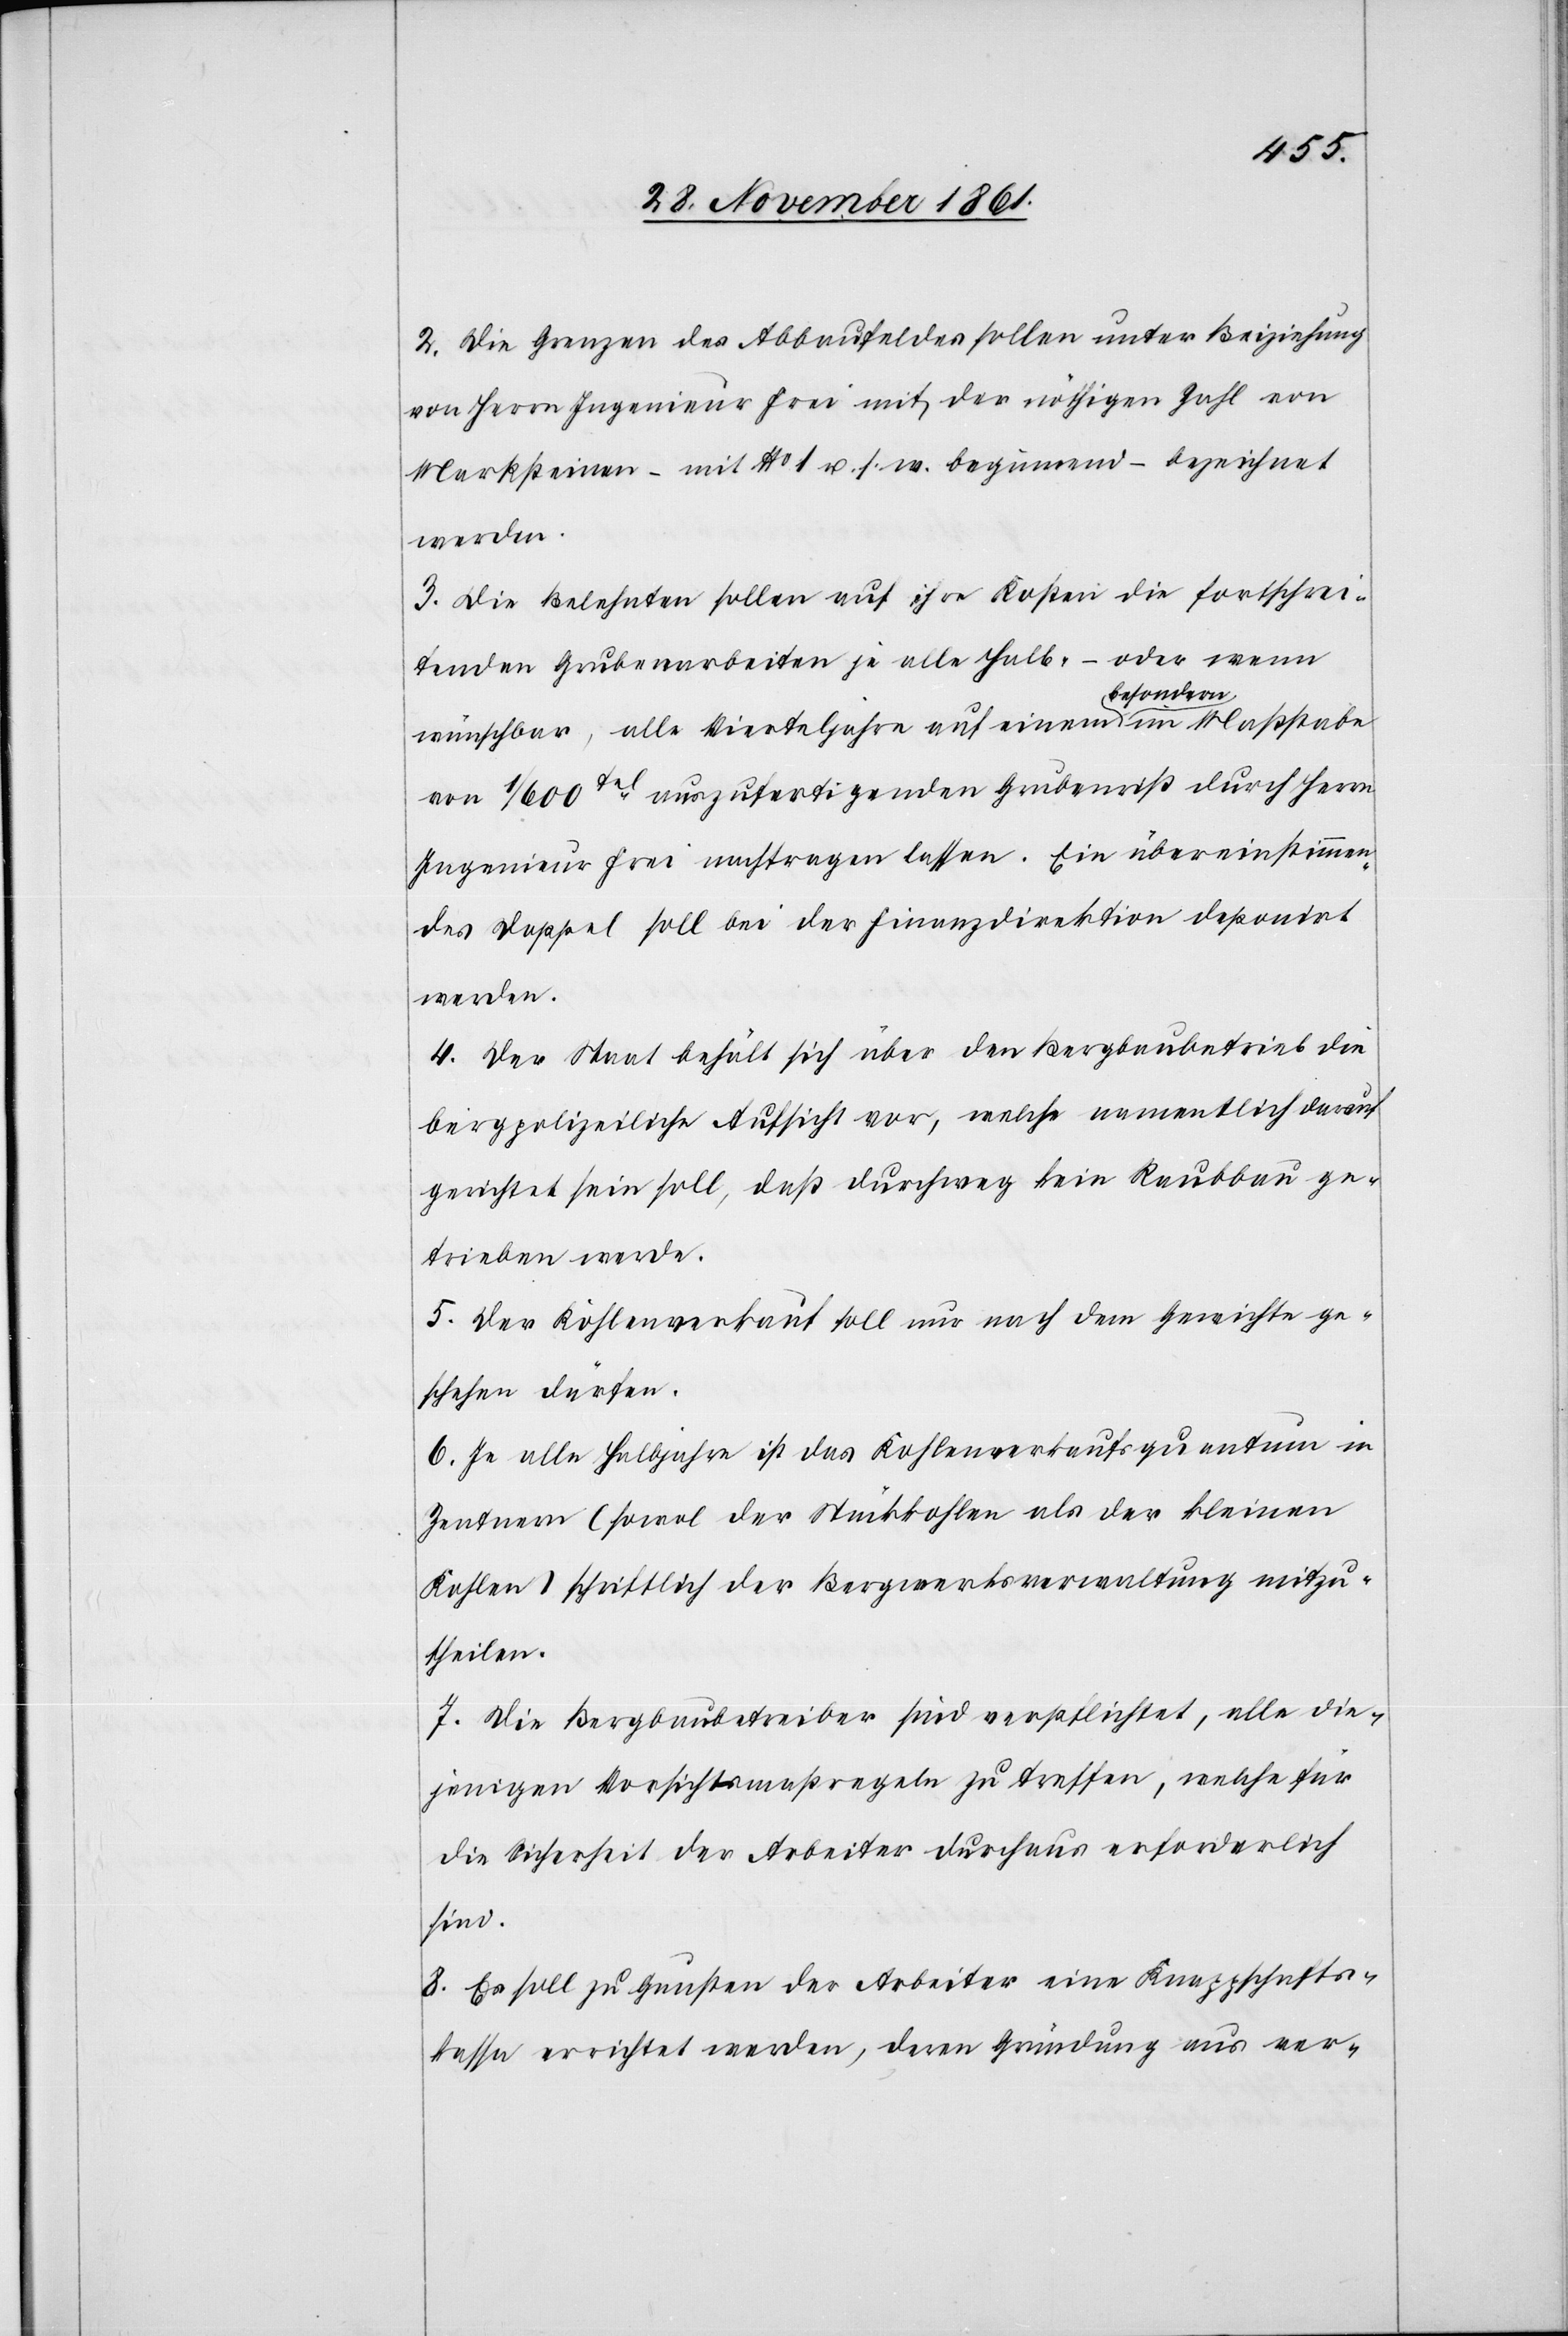
2. Die Grenzen des Abbaufeldes sollen unter Beiziehung
von Herrn Ingenieur Frei mit der nöthigen Zahl von
Marksteinen – mit N° 1 u. s. w. beginnend – bezeichnet
werden.
3. Die Belehnten sollen auf ihre Kosten die fortschrei¬
tenden Grubenarbeiten je all Halb- oder wenn
wünschbar, alle Vierteljahre auf einen besondern im Maßstabe
von 1/600tel auszufertigenden Grubenriß durch Herrn
Ingenieur Frei nachtragen lassen. Ein übereinstimmen¬
des Doppel soll bei der Finanzdirektion deponirt
werden.
4. Der Staat behält sich über den Bergbaubetrieb die
bergpolizeiliche Aufsicht vor, welche namentlich darauf
gerichtet sein soll, daß durchweg kein Raubbau ge¬
trieben werde.
5. Der Kohlenverkauf soll nur nach dem Gerichte ge¬
schehen dürfen.
6. Je alle Halbjahre ist das Kohlenverkaufsquantum in
Zentnern (sowol der Stückkohlen als der kleinen
Kohlen) schriftlich der Bergwerksverwaltung mitzu¬
theilen.
7. Die Bergbaubetreiber sind verpflichtet, alle die¬
jenigen Vorsichtsmaßregeln zu treffen, welche für
die Sicherheit der Arbeiter durchaus erforderlich
sind.
8. Es soll zu Gunsten der Arbeiter eine Knappschafts¬
kassa errichtet werden, deren Gründung aus ver-